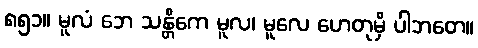
၈၅၁။ မူလံ ဘေ သန္တိကေ မူလ၊ မူလေ ဟေတုမှိ ပါဘတေ။